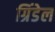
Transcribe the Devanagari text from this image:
ग्रिंडेल